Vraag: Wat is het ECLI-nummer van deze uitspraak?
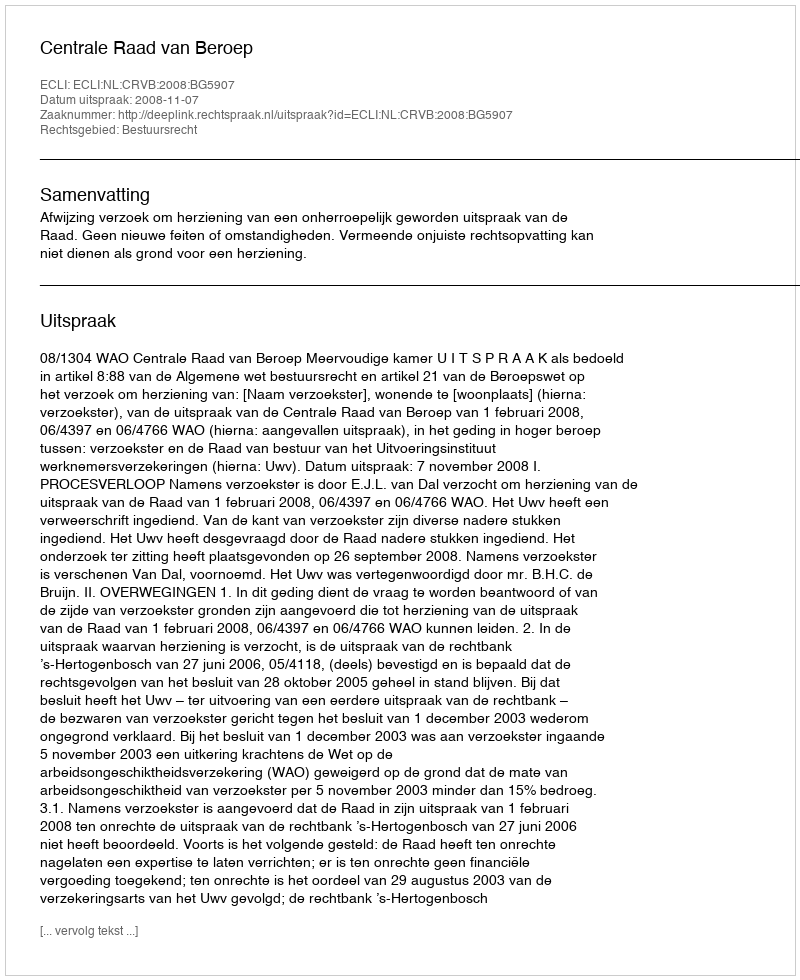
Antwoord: ECLI:NL:CRVB:2008:BG5907